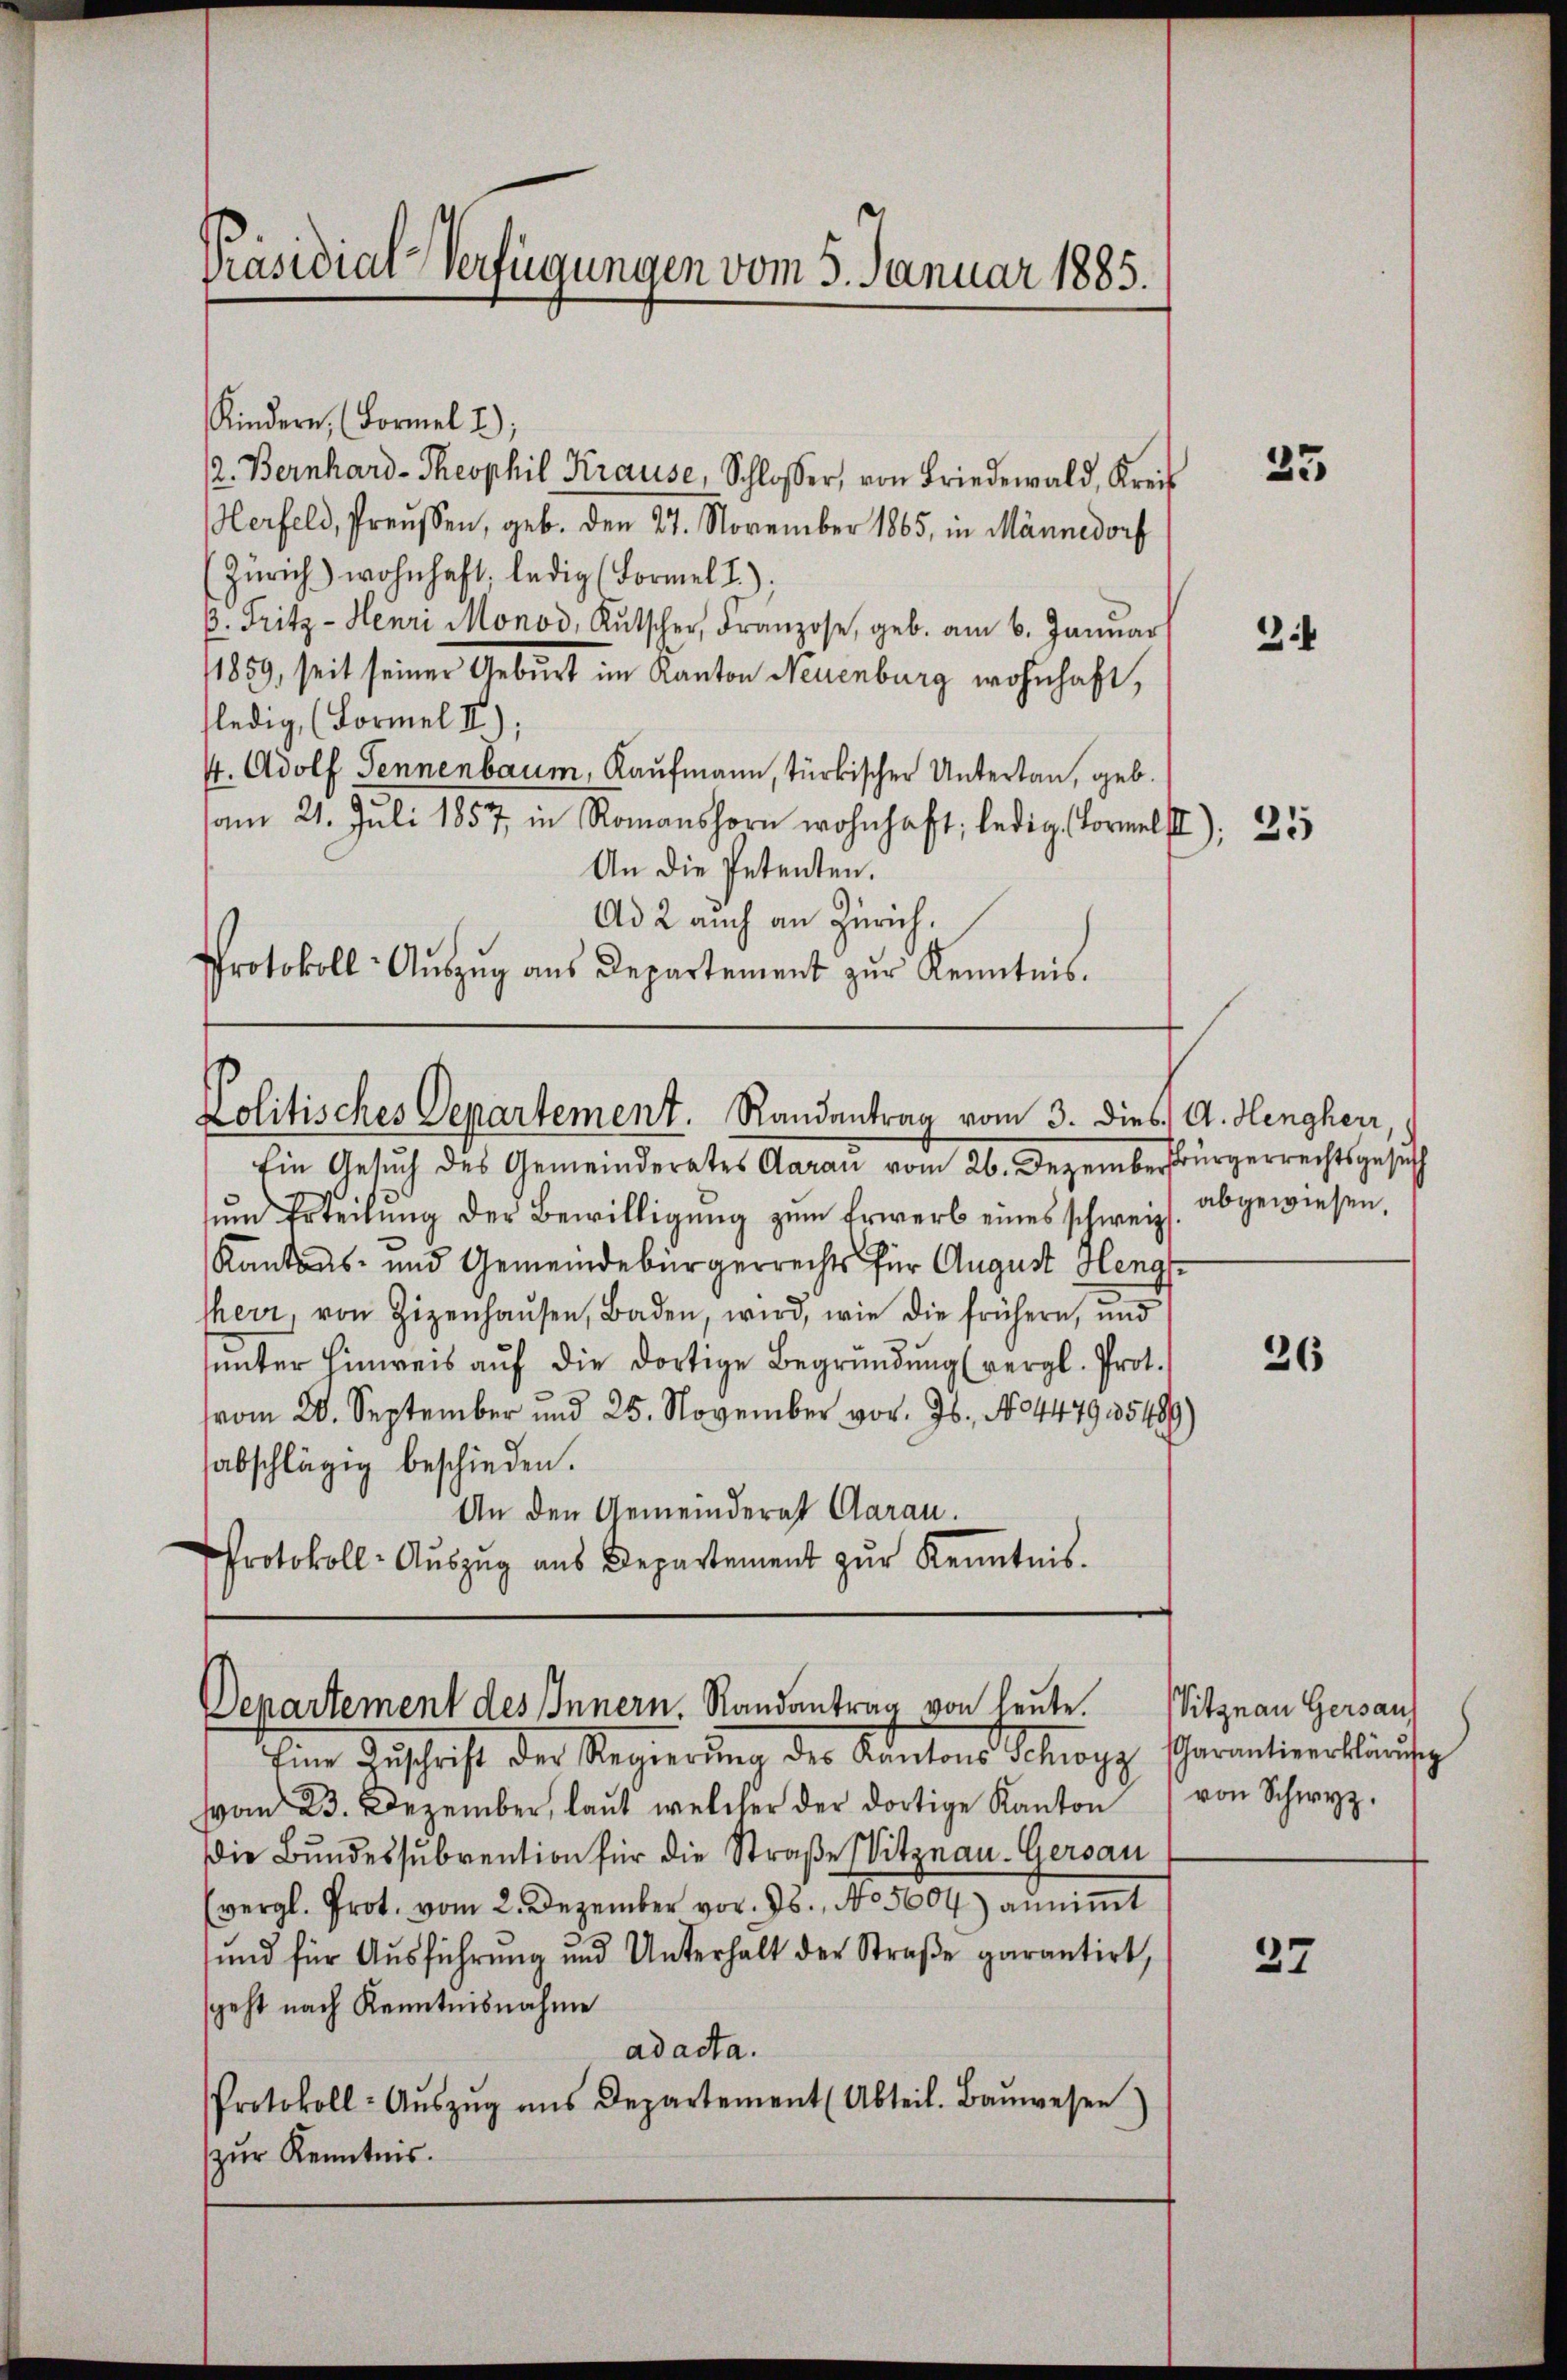
Präsidial-Verfügungen vom 5. Januar 1885.

Kindern, Formel 2);
2. Bernhard-Theophil Krause, Schlosser, von Friedewald, Kreis
Herfeld, Preusen, geb. Den 27. November 1865, in Männedorf
(Zürich) wohnhaft, ledig (Formel 1);
p. Fritz - Henri Monod, Kŭtscher, Franzose, geb. am 6. Januar
1859, seit seiner Geburt im Kanton Neuenburg wohnhaft,
ledig, (Formel II);
4. Adolf Sennenbaum, Kaufmann, türkischer Untertan, geb.
am 21. Juli 1857 in Romanshorn wohnhaft, ledig. Formelst), 355
An die Petenten.
Ad 2 auch an Zürich.
Protokoll- Aŭszŭg aŭs Departement zŭr Kenntnis.

Politisches Departement. Randantrag vom 3. dies, A. Hengherr,
Ein Gesuch des Gemeinderates Aarau vom 26. Dezemberbürgerrechtsgesuch

ŭm Erteilŭng der Bewilligung zum Erwerb eines schweiz
Kantons- und Gemeindebürgerrechts für August Hengherr von Zizenhaŭsen, Baden, wird, wie die frühern, und
uunter Hinweis auf die dortige Begründung (vergl. Prot.
vom 20. September und 25. November vor. Js., N. 447935489)
sabschlägig beschieden.
An den Gemeinderat Aarau.
Protokoll- Aŭszŭg aŭs Departement zŭr Kenntnis.

Departement des Innern. Randantrag von leute. Vitznau Gersaus

Eine Geschrift der Regierung der Kantons Schogy Parantinerkläufig
von 23. Dezember, laŭt welcher der dortige Kanton von Schwyz.
Die Bŭndessŭbvention für die Straβe Vitznau. Gersau
(vergl. Prot. vom 2. Dezember vor. Js., No 5604) annimmt
sund für Aŭsführung und Unterhalt der Straβe garantirt,
sgeht nach Kenntnisnahme
ad acta.
Protokoll: Aŭszŭg ans Departement (Abteil. Baŭwesen
zur Kenntnis.

35

3.4

abgewiesen.

26

37